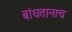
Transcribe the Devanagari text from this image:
बांधतानाच